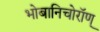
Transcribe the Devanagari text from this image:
भोबानिचोरॉण्